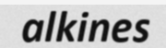
alkines